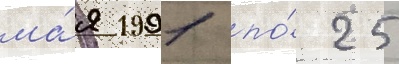
ма́я 1991 по́ 25